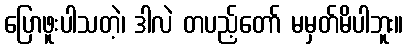
ပြောဖူးပါသတဲ့၊ ဒါလဲ တပည့်တော် မမှတ်မိပါဘူး။